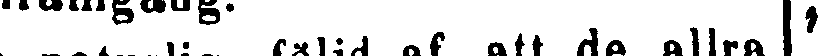
En naturlig följd af att de allra |